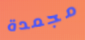
مجمدة